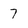
Character: 7